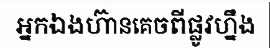
អ្នកឯងហ៊ានគេចពីផ្លូវហ្នឹង